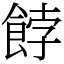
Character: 餑